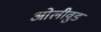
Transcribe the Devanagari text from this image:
ओलीवुड